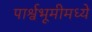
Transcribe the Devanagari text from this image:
पार्श्वभूमीमध्ये